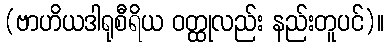
(ဗာဟိယဒါရုစီရိယ ဝတ္ထုလည်း နည်းတူပင်)။